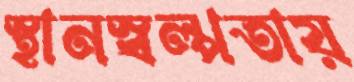
স্থানস্বল্পতায়